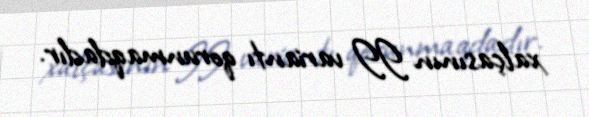
xalçasının II variantı qorunmaqdadır.